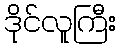
ဒိုင်လူကြီး